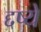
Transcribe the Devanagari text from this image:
द्दष्ये